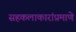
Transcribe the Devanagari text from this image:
सहकलाकारांप्रमाणे